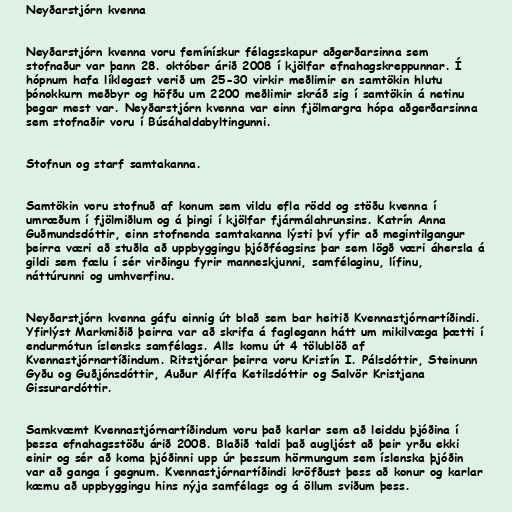
Neyðarstjórn kvenna

Neyðarstjórn kvenna voru femínískur félagsskapur aðgerðarsinna sem
stofnaður var þann 28. október árið 2008 í kjölfar efnahagskreppunnar. Í
hópnum hafa líklegast verið um 25-30 virkir meðlimir en samtökin hlutu
þónokkurn meðbyr og höfðu um 2200 meðlimir skráð sig í samtökin á netinu
þegar mest var. Neyðarstjórn kvenna var einn fjölmargra hópa aðgerðarsinna
sem stofnaðir voru í Búsáhaldabyltingunni.

Stofnun og starf samtakanna.

Samtökin voru stofnuð af konum sem vildu efla rödd og stöðu kvenna í
umræðum í fjölmiðlum og á þingi í kjölfar fjármálahrunsins. Katrín Anna
Guðmundsdóttir, einn stofnenda samtakanna lýsti því yfir að megintilgangur
þeirra væri að stuðla að uppbyggingu þjóðféagsins þar sem lögð væri áhersla á
gildi sem fælu í sér virðingu fyrir manneskjunni, samfélaginu, lífinu,
náttúrunni og umhverfinu.

Neyðarstjórn kvenna gáfu einnig út blað sem bar heitið Kvennastjórnartíðindi.
Yfirlýst Markmiðið þeirra var að skrifa á faglegann hátt um mikilvæga þætti í
endurmótun íslensks samfélags. Alls komu út 4 tölublöð af
Kvennastjórnartíðindum. Ritstjórar þeirra voru Kristín I. Pálsdóttir, Steinunn
Gyðu og Guðjónsdóttir, Auður Alfífa Ketilsdóttir og Salvör Kristjana
Gissurardóttir.

Samkvæmt Kvennastjórnartíðindum voru það karlar sem að leiddu þjóðina í
þessa efnahagsstöðu árið 2008. Blaðið taldi það augljóst að þeir yrðu ekki
einir og sér að koma þjóðinni upp úr þessum hörmungum sem íslenska þjóðin
var að ganga í gegnum. Kvennastjórnartíðindi kröfðust þess að konur og karlar
kæmu að uppbyggingu hins nýja samfélags og á öllum sviðum þess.